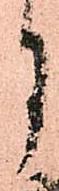
月